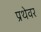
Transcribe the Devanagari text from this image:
प्रथेवर